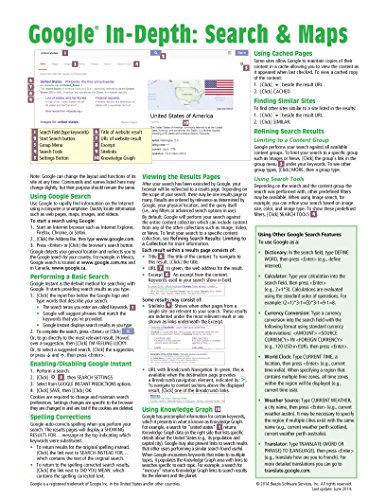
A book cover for Google In-Depth: Search & Maps Quick Reference Guide (Cheat Sheet of Instructions, Tips & Shortcuts - Laminated Card); Beezix Inc.; Computers & Technology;